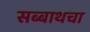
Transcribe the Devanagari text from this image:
सब्बाथचा